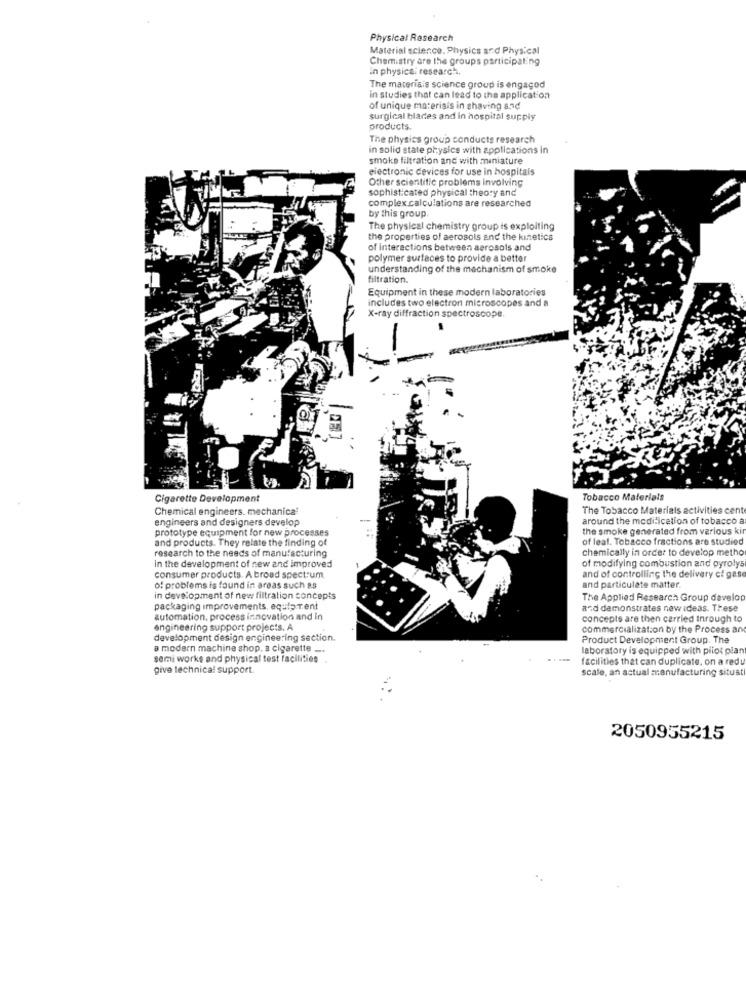
Physical Research
Material science. Physics and Physical
Chemistry are the groups participating
in physical research,
The materiais science group is engaged
in studies that can lead to the application
of unique materiais in shaving and
surgical blades and in hospital supply
products
The physics group conducts research
in solid state physics with applications In
smoke filtration and with miniature
electronic devices for use in hospitais
Other scientific problems involving
sophisticated physical theory and
complex calculations are researched
by this group.
The physical chemistry group is exploiting
the properties of aerosols and the kinetics
of interactions between aerosols and
polymer surfaces to provide a better
understanding of the mechanism of smoke
filtration.
Equipment in these modern laboratories
includes two electron microscopes and a
X-ray diffraction spectroscope
Cigarette Development
Tobacco Materials
Chemical engineers. mechanical
The Tobacco Materials activities cent
engineers and designers develop
around the modification of tobacco a
prototype equipment for new processes
the smoke generated from various kin
and products. They relate the finding of
of leal. Tobacco fractions are studied
research to the needs of manufacturing
chemically in order to develop metho
in the development of new and improved
of modifying combustion and pyrolys
consumer products. A broad spectrum
and of controlling the delivery ct gase
of problems is found in areas such as
and particulate matter.
in development of new filtration concepts
The Applied Research Group develo
packaging improvements, equipTent
and demonstrates new ideas. These
automation, process innovation and in
concepts are then carried through to
engineering support projects. A
commercialization by the Process and
development design engineering section.
Product Development Group. The
a modern machine shop. a cigarette __.
laboratory is equipped with pilot olan
semi works and physical test facilities
facilities that can duplicate, on a redu
give technical support.
scale, an actual manufacturing situat
2050955215